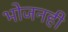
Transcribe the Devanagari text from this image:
भोजनही